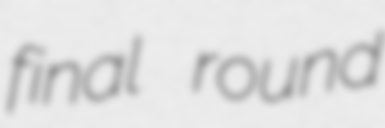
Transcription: final round